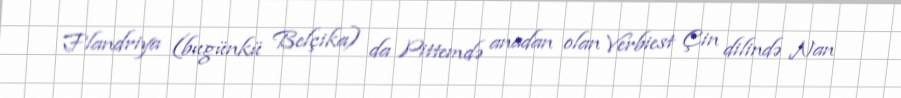
Flandriya (bugünkü Belçika) da Pittemdə anadan olan Verbiest Çin dilində Nan